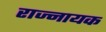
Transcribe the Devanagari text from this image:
राज्नायक